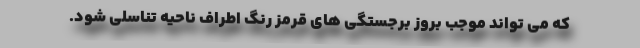
که می تواند موجب بروز برجستگی های قرمز رنگ اطراف ناحیه تناسلی شود.